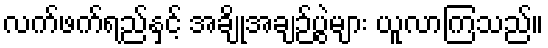
လက်ဖက်ရည်နှင့် အချိုအချဉ်ပွဲများ ယူလာကြသည်။